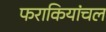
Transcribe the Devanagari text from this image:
फराकियांचल